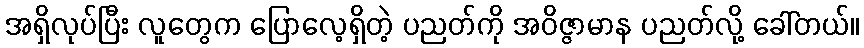
အရှိလုပ်ပြီး လူတွေက ပြောလေ့ရှိတဲ့ ပညတ်ကို အဝိဇ္ဇာမာန ပညတ်လို့ ခေါ်တယ်။